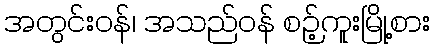
အတွင်းဝန်၊ အသည်ဝန် စဉ့်ကူးမြို့စား